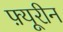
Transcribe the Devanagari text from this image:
फ़्यूरीन